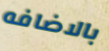
بالاضافه